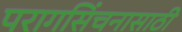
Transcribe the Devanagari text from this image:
परागसिंचनासाठी